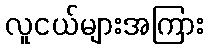
လူငယ်များအကြား